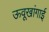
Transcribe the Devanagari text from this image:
ऊवूखांगाई